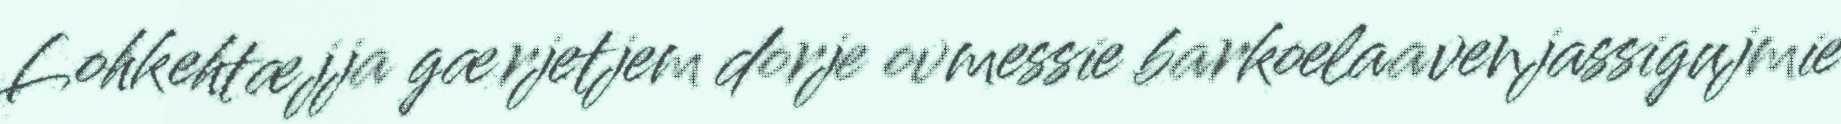
Lohkehtæjja gærjetjem dorje ovmessie barkoelaavenjassigujmie